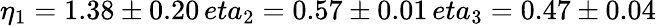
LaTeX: \eta_{1}=1.38\pm 0.20\, eta_{2}=0.57\pm 0.01\, eta_{3}=0.47\pm 0.04